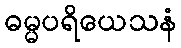
ဓမ္မပရိယေသနံ